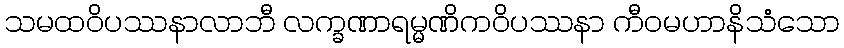
သမထဝိပဿနာလာဘီ လက္ခဏာရမ္မဏိကဝိပဿနာ ကီဝမဟာနိသံသော